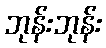
ဘုန်းဘုန်း